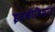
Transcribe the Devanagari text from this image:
इसकीविशाल